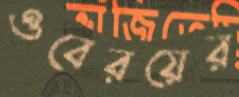
ওবেরয়ের